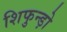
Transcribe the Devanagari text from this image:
शिफुन्ड़ो